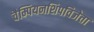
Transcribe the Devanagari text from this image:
चैम्पियनशिपविजेता